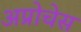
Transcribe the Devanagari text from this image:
अप्रोचेस